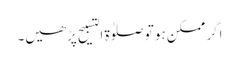
اگر ممکن ہو تو صلوٰة التسبیح پڑھیں۔